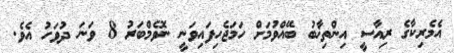
އެމެރިކާގެ ރިއާސީ އިންތިޚާބު ބޭއްވުމަށް ހަމަޖެހިފައިވަނީ ނޮވެމްބަރު 8 ވަނަ ދުވަހު އެވެ.